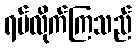
ရပ်လိုက်ကြသည်